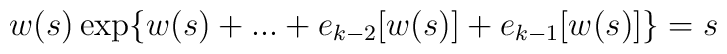
w(s)\exp\{w(s)+...+e_{k-2}[w(s)]+e_{k-1}[w(s)]\} = s